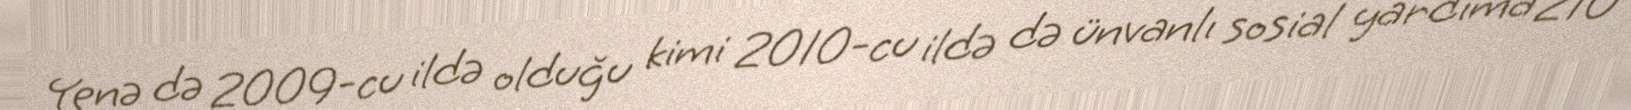
Yenə də 2009-cu ildə olduğu kimi 2010-cu ildə də ünvanlı sosial yardıma 210